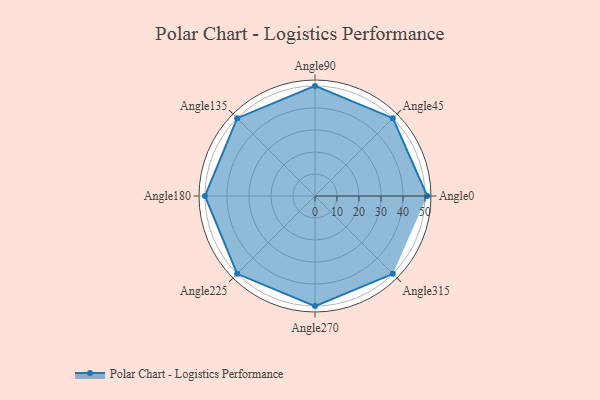
{"axis": {"x": "Angle", "y": "Radius"}, "legend": [""], "data": [{"x": "Angle0", "y": 51.0, "type": ""}, {"x": "Angle45", "y": 50, "type": ""}, {"x": "Angle90", "y": 50, "type": ""}, {"x": "Angle135", "y": 50, "type": ""}, {"x": "Angle180", "y": 50, "type": ""}, {"x": "Angle225", "y": 50, "type": ""}, {"x": "Angle270", "y": 50, "type": ""}, {"x": "Angle315", "y": 50, "type": ""}]}